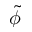
\tilde { \phi }